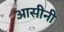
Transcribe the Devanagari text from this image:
आसीनी